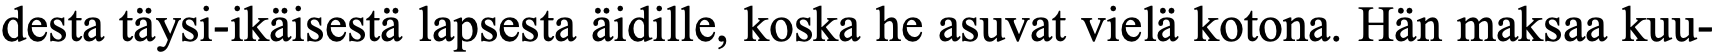
desta täysi-ikäisestä lapsesta äidille, koska he asuvat vielä kotona. Hän maksaa kuu-